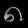
Digit: ၈